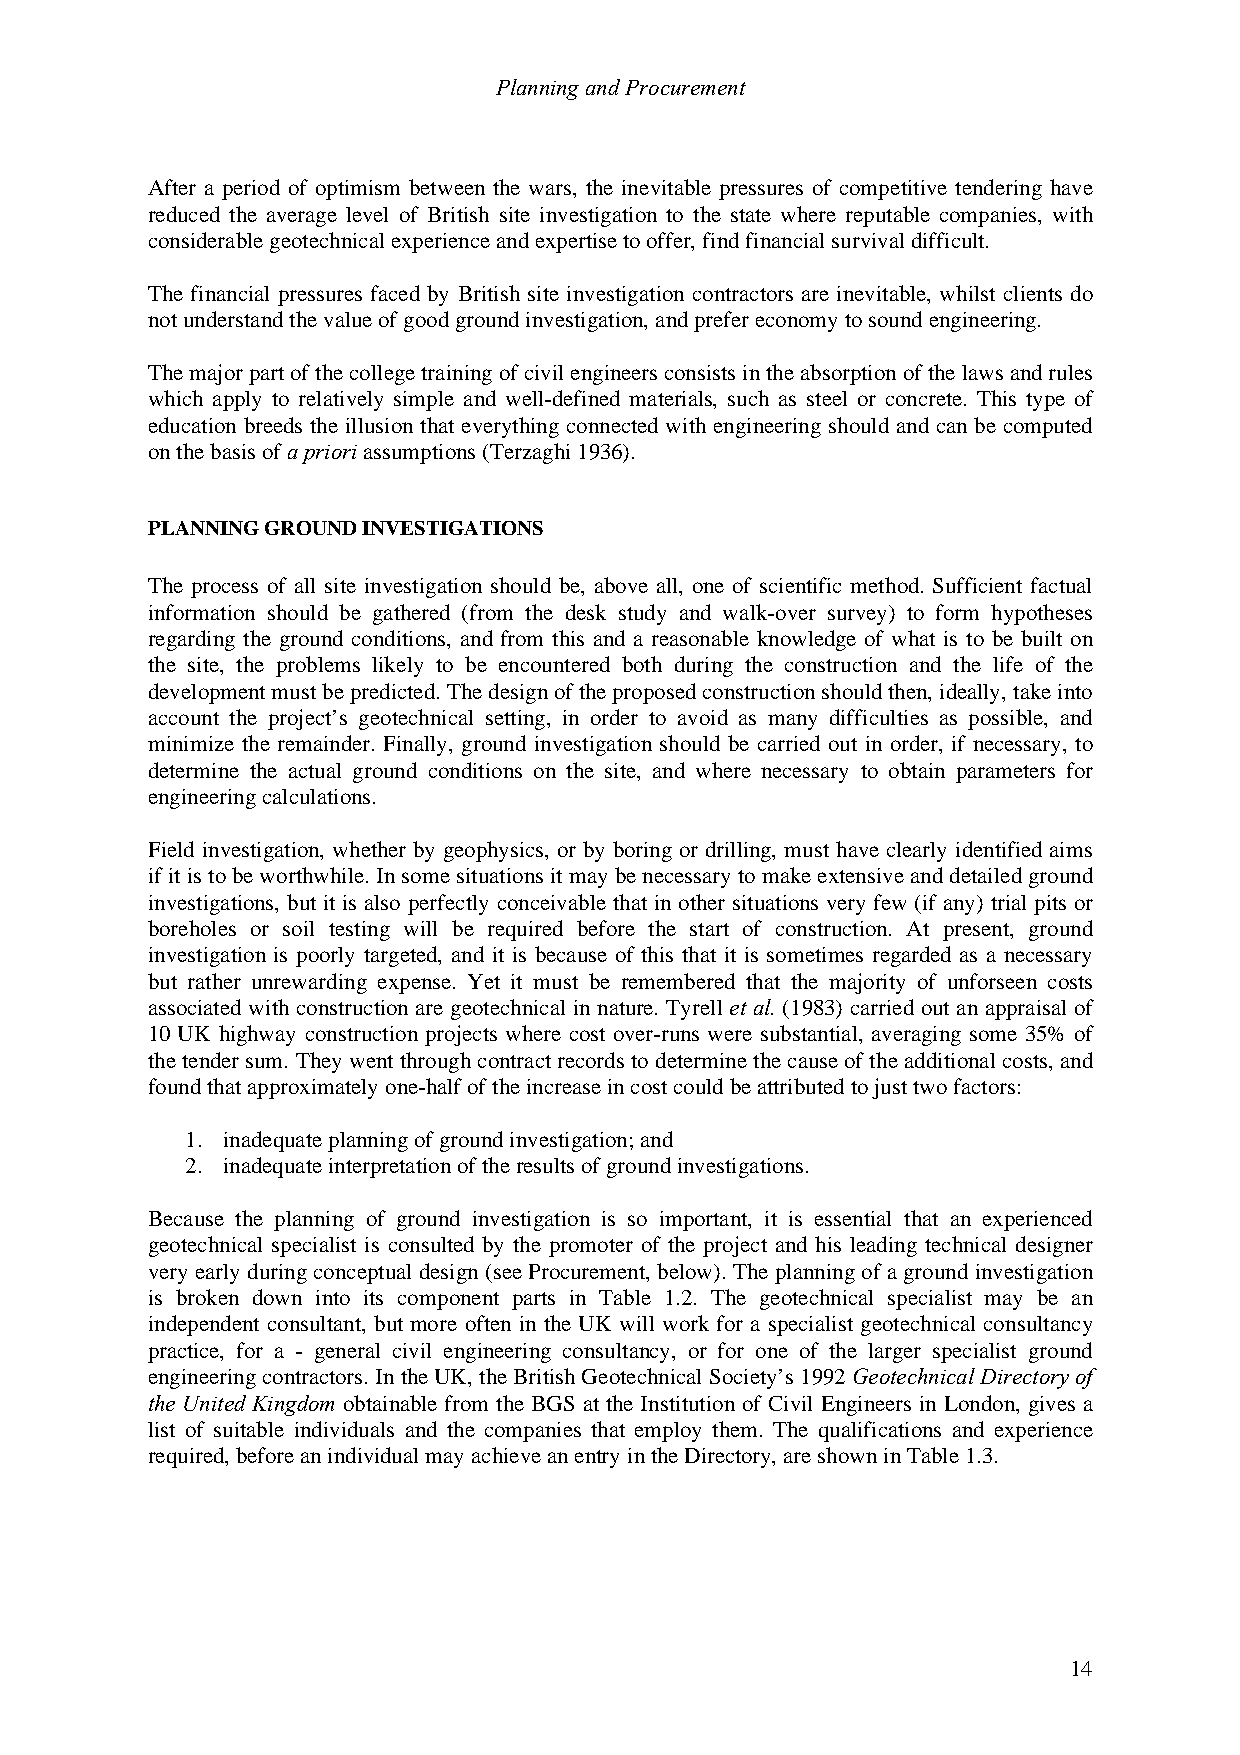
Planning and Procurement
 After a period of optimism between the wars, the inevitable pressures of competitive tendering have
 reduced the average level of British site investigation to the state where reputable companies, with
 considerable geotechnical experience and expertise to offer, find financial survival difficult.
 The financial pressures faced by British site investigation contractors are inevitable, whilst clients do
 not understand the value of good ground investigation, and prefer economy to sound engineering.
 The major part of the college training of civil engineers consists in the absorption of the laws and rules
 which apply to relatively simple and well-defined materials, such as steel or concrete. This type of
 education breeds the illusion that everything connected with engineering should and can be computed
 on the basis of a priori assumptions (Terzaghi 1936).
 PLANNING GROUND INVESTIGATIONS
 The process of all site investigation should be, above all, one of scientific method. Sufficient factual
 information should be gathered (from the desk study and walk-over survey) to form hypotheses
 regarding the ground conditions, and from this and a reasonable knowledge of what is to be built on
 the site, the problems likely to be encountered both during the construction and the life of the
 development must be predicted. The design of the proposed construction should then, ideally, take into
 account the project’s geotechnical setting, in order to avoid as many difficulties as possible, and
 minimize the remainder. Finally, ground investigation should be carried out in order, if necessary, to
 determine the actual ground conditions on the site, and where necessary to obtain parameters for
 engineering calculations.
 Field investigation, whether by geophysics, or by boring or drilling, must have clearly identified aims
 if it is to be worthwhile. In some situations it may be necessary to make extensive and detailed ground
 investigations, but it is also perfectly conceivable that in other situations very few (if any) trial pits or
 boreholes or soil testing will be required before the start of construction. At present, ground
 investigation is poorly targeted, and it is because of this that it is sometimes regarded as a necessary
 but rather unrewarding expense. Yet it must be remembered that the majority of unforseen costs
 associated with construction are geotechnical in nature. Tyrell et al. (1983) carried out an appraisal of
 10 UK highway construction projects where cost over-runs were substantial, averaging some 35% of
 the tender sum. They went through contract records to determine the cause of the additional costs, and
 found that approximately one-half of the increase in cost could be attributed to just two factors:
 1. inadequate planning of ground investigation; and
 2. inadequate interpretation of the results of ground investigations.
 Because the planning of ground investigation is so important, it is essential that an experienced
 geotechnical specialist is consulted by the promoter of the project and his leading technical designer
 very early during conceptual design (see Procurement, below). The planning of a ground investigation
 is broken down into its component parts in Table 1.2. The geotechnical specialist may be an
 independent consultant, but more often in the UK will work for a specialist geotechnical consultancy
 practice, for a - general civil engineering consultancy, or for one of the larger specialist ground
 engineering contractors. In the UK, the British Geotechnical Society’s 1992 Geotechnical Directory of
 the United Kingdom obtainable from the BGS at the Institution of Civil Engineers in London, gives a
 list of suitable individuals and the companies that employ them. The qualifications and experience
 required, before an individual may achieve an entry in the Directory, are shown in Table 1.3.
 14